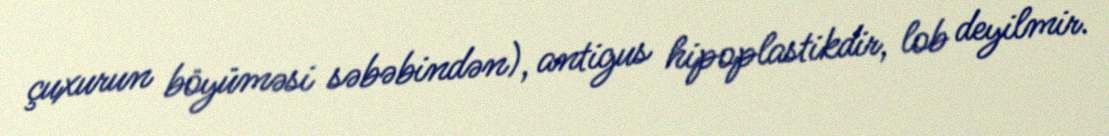
çuxurun böyüməsi səbəbindən), antigus hipoplastikdir, lob deyilmir.